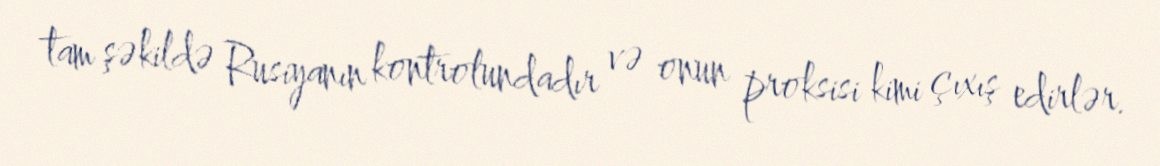
tam şəkildə Rusiyanın kontrolundadır və onun proksisi kimi çıxış edirlər.